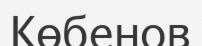
Көбенов